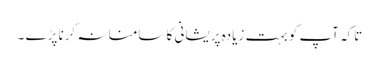
تاکہ آپ کو بہت زیادہ پریشانی کا سامنا نہ کرنا پڑے ۔